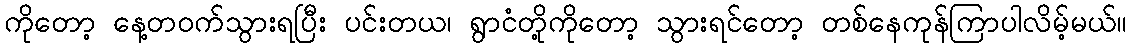
ကိုတော့ နေ့တဝက်သွားရပြီး ပင်းတယ၊ ရွာငံတို့ကိုတော့ သွားရင်တော့ တစ်နေကုန်ကြာပါလိမ့်မယ်။